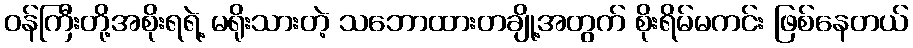
ဝန်ကြီးတို့အစိုးရရဲ့ မရိုးသားတဲ့ သဘောထားတချို့အတွက် စိုးရိမ်မကင်း ဖြစ်နေတယ်